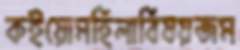
কইয়োমহিলাবিষয়জম